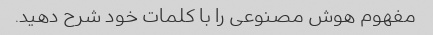
مفهوم هوش مصنوعی را با کلمات خود شرح دهید.